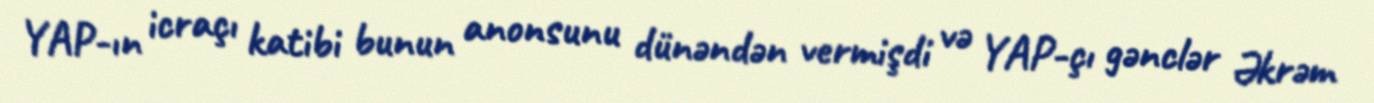
YAP-ın icraçı katibi bunun anonsunu dünəndən vermişdi və YAP-çı gənclər Əkrəm